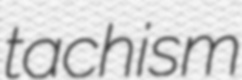
tachism